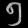
Digit: ၅